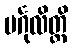
မင်္ဂုလိတ္ထိ